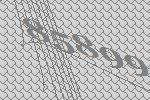
85899